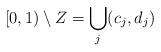
LaTeX: \begin{align*}[0,1) \setminus Z = \bigcup_{j} (c_j, d_j)\end{align*}